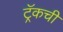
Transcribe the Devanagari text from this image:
ट्रॅकची